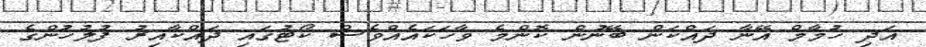
އަދި ހުމާމް އޭނާ ދައްކަން ބޭނުން ކޮންމެ ވާހަކައެއްވެސް ކޯޓުގައި ދައްކާއިރު ފުލުހުންގެ